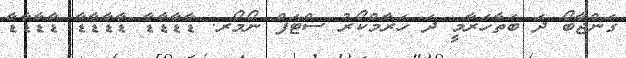
ގަންޖާބޯ ދަ ބަތާހަރާމީ ދަ ހަރާމްކޯރު ސްޓަފް ނޯމޯރ. ޑާޑާޑާޑާ ޑާޑާޑާޑާ ޑާޑާޑާޑާ